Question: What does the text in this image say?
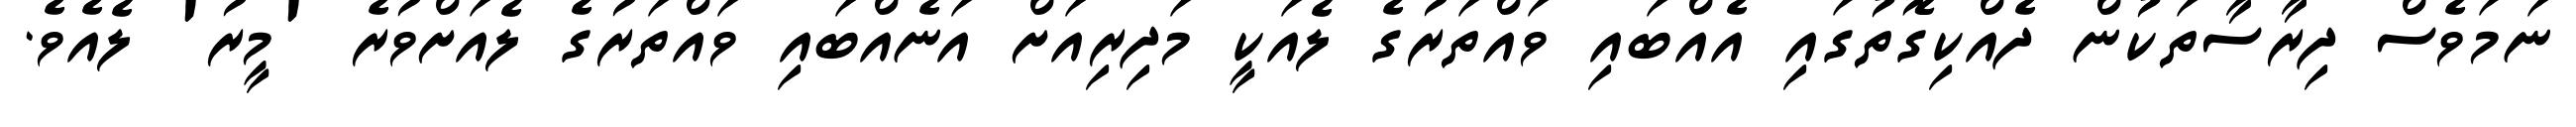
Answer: ނަމަވެސް ދިރާސާތަކުން ދެއްކިގޮތުގައި އެއްބައި ވައްތަރުގެ ލެއަކީ މަދިރިއަށް އަނެއްބައި ވައްތަރުގެ ލެއަށްވުރެ 'މީރު' ލެއެވެ.